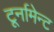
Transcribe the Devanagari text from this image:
टूर्नामेन्ट